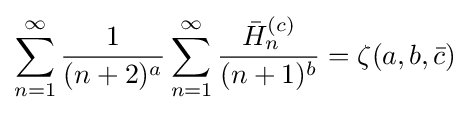
\sum _{n=1}^{\infty }{\frac {1}{(n+2)^{a}}}\sum _{n=1}^{\infty }{\frac {{\bar {H}}_{n}^{(c)}}{(n+1)^{b}}}=\zeta (a,b,{\bar {c}})